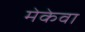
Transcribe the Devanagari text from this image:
मेकेवा